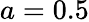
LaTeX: a=0.5